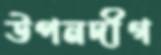
উপনদীগ